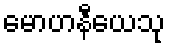
မောဟနီယေသု